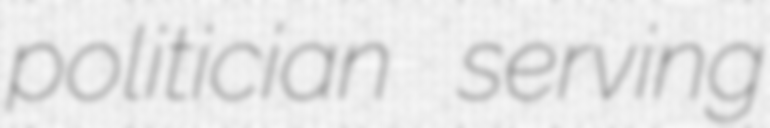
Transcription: politician serving